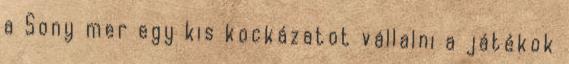
a Sony mer egy kis kockázatot vállalni a játékok